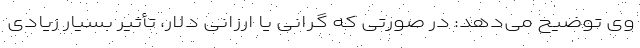
وی توضیح می‌دهد: در صورتی که گرانی یا ارزانی دلار، تأثیر بسیار زیادی